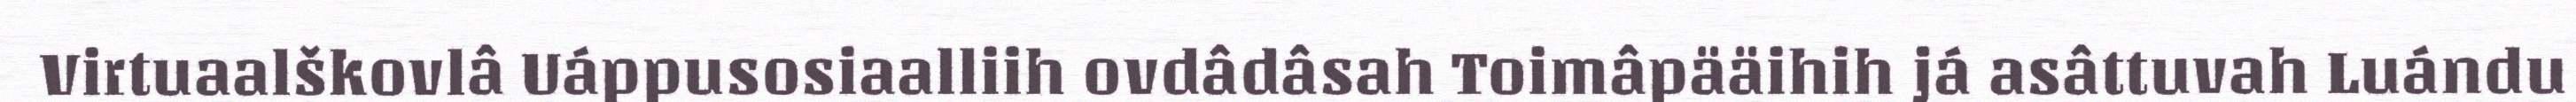
Virtuaalškovlâ Uáppusosiaalliih ovdâdâsah Toimâpääihih já asâttuvah Luándu